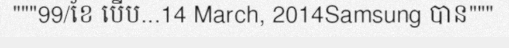
"""99/ខែ បើប...14 March, 2014Samsung បាន"""